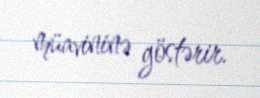
müavininə göstərir.